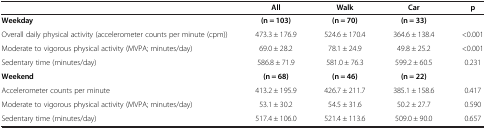
|  | All | Walk | Car | p |
 | --- | --- | --- | --- | --- |
 | Weekday | (n = 103) | (n = 70) | (n = 33) |  |
 | Overall daily physical activity (accelerometer counts per minute (cpm)) | 473.3 ± 176.9 | 524.6 ± 170.4 | 364.6 ± 138.4 | <0.001 |
 | Moderate to vigorous physical activity (MVPA; minutes/day) | 69.0 ± 28.2 | 78.1 ± 24.9 | 49.8 ± 25.2 | <0.001 |
 | Sedentary time (minutes/day) | 586.8 ± 71.9 | 581.0 ± 76.3 | 599.2 ± 60.5 | 0.231 |
 | Weekend | (n = 68) | (n = 46) | (n = 22) |  |
 | Accelerometer counts per minute | 413.2 ± 195.9 | 426.7 ± 211.7 | 385.1 ± 158.6 | 0.417 |
 | Moderate to vigorous physical activity (MVPA; minutes/day) | 53.1 ± 30.2 | 54.5 ± 31.6 | 50.2 ± 27.7 | 0.590 |
 | Sedentary time (minutes/day) | 517.4 ± 106.0 | 521.4 ± 113.6 | 509.0 ± 90.0 | 0.657 |